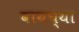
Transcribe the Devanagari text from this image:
वायच्या